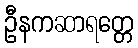
ဦနကဆာရတ္တေ